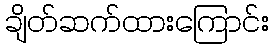
ချိတ်ဆက်ထားကြောင်း